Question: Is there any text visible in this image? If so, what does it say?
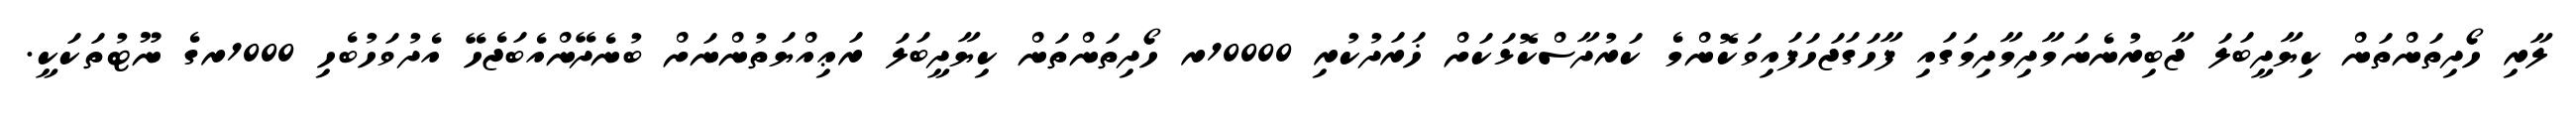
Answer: ލާރި ހޯދިތަންތަން ކިޔާދީބަލަ ޖާބިރުނެނަމާދިމާދިމަގައި ފާހަގަޖަހަފައިވަކޮންމެ ކަރުދާސްކޮޅަކަށް ޚަރަދުކުރި 10000ރ ހޯދިތަންތަން ކިޔާދީބަލަ ރަޢިއްޔަތުންނަށް ބުނެދޭންއެބަޖެހޭ އެދުވަހުބެހި 1000ރގެ ނޫޓުތަކަކީ.